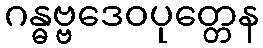
ဂန္ဓဗ္ဗဒေဝပုတ္တေန